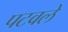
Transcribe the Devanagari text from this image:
पटवले